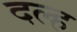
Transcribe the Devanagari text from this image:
दल्ह